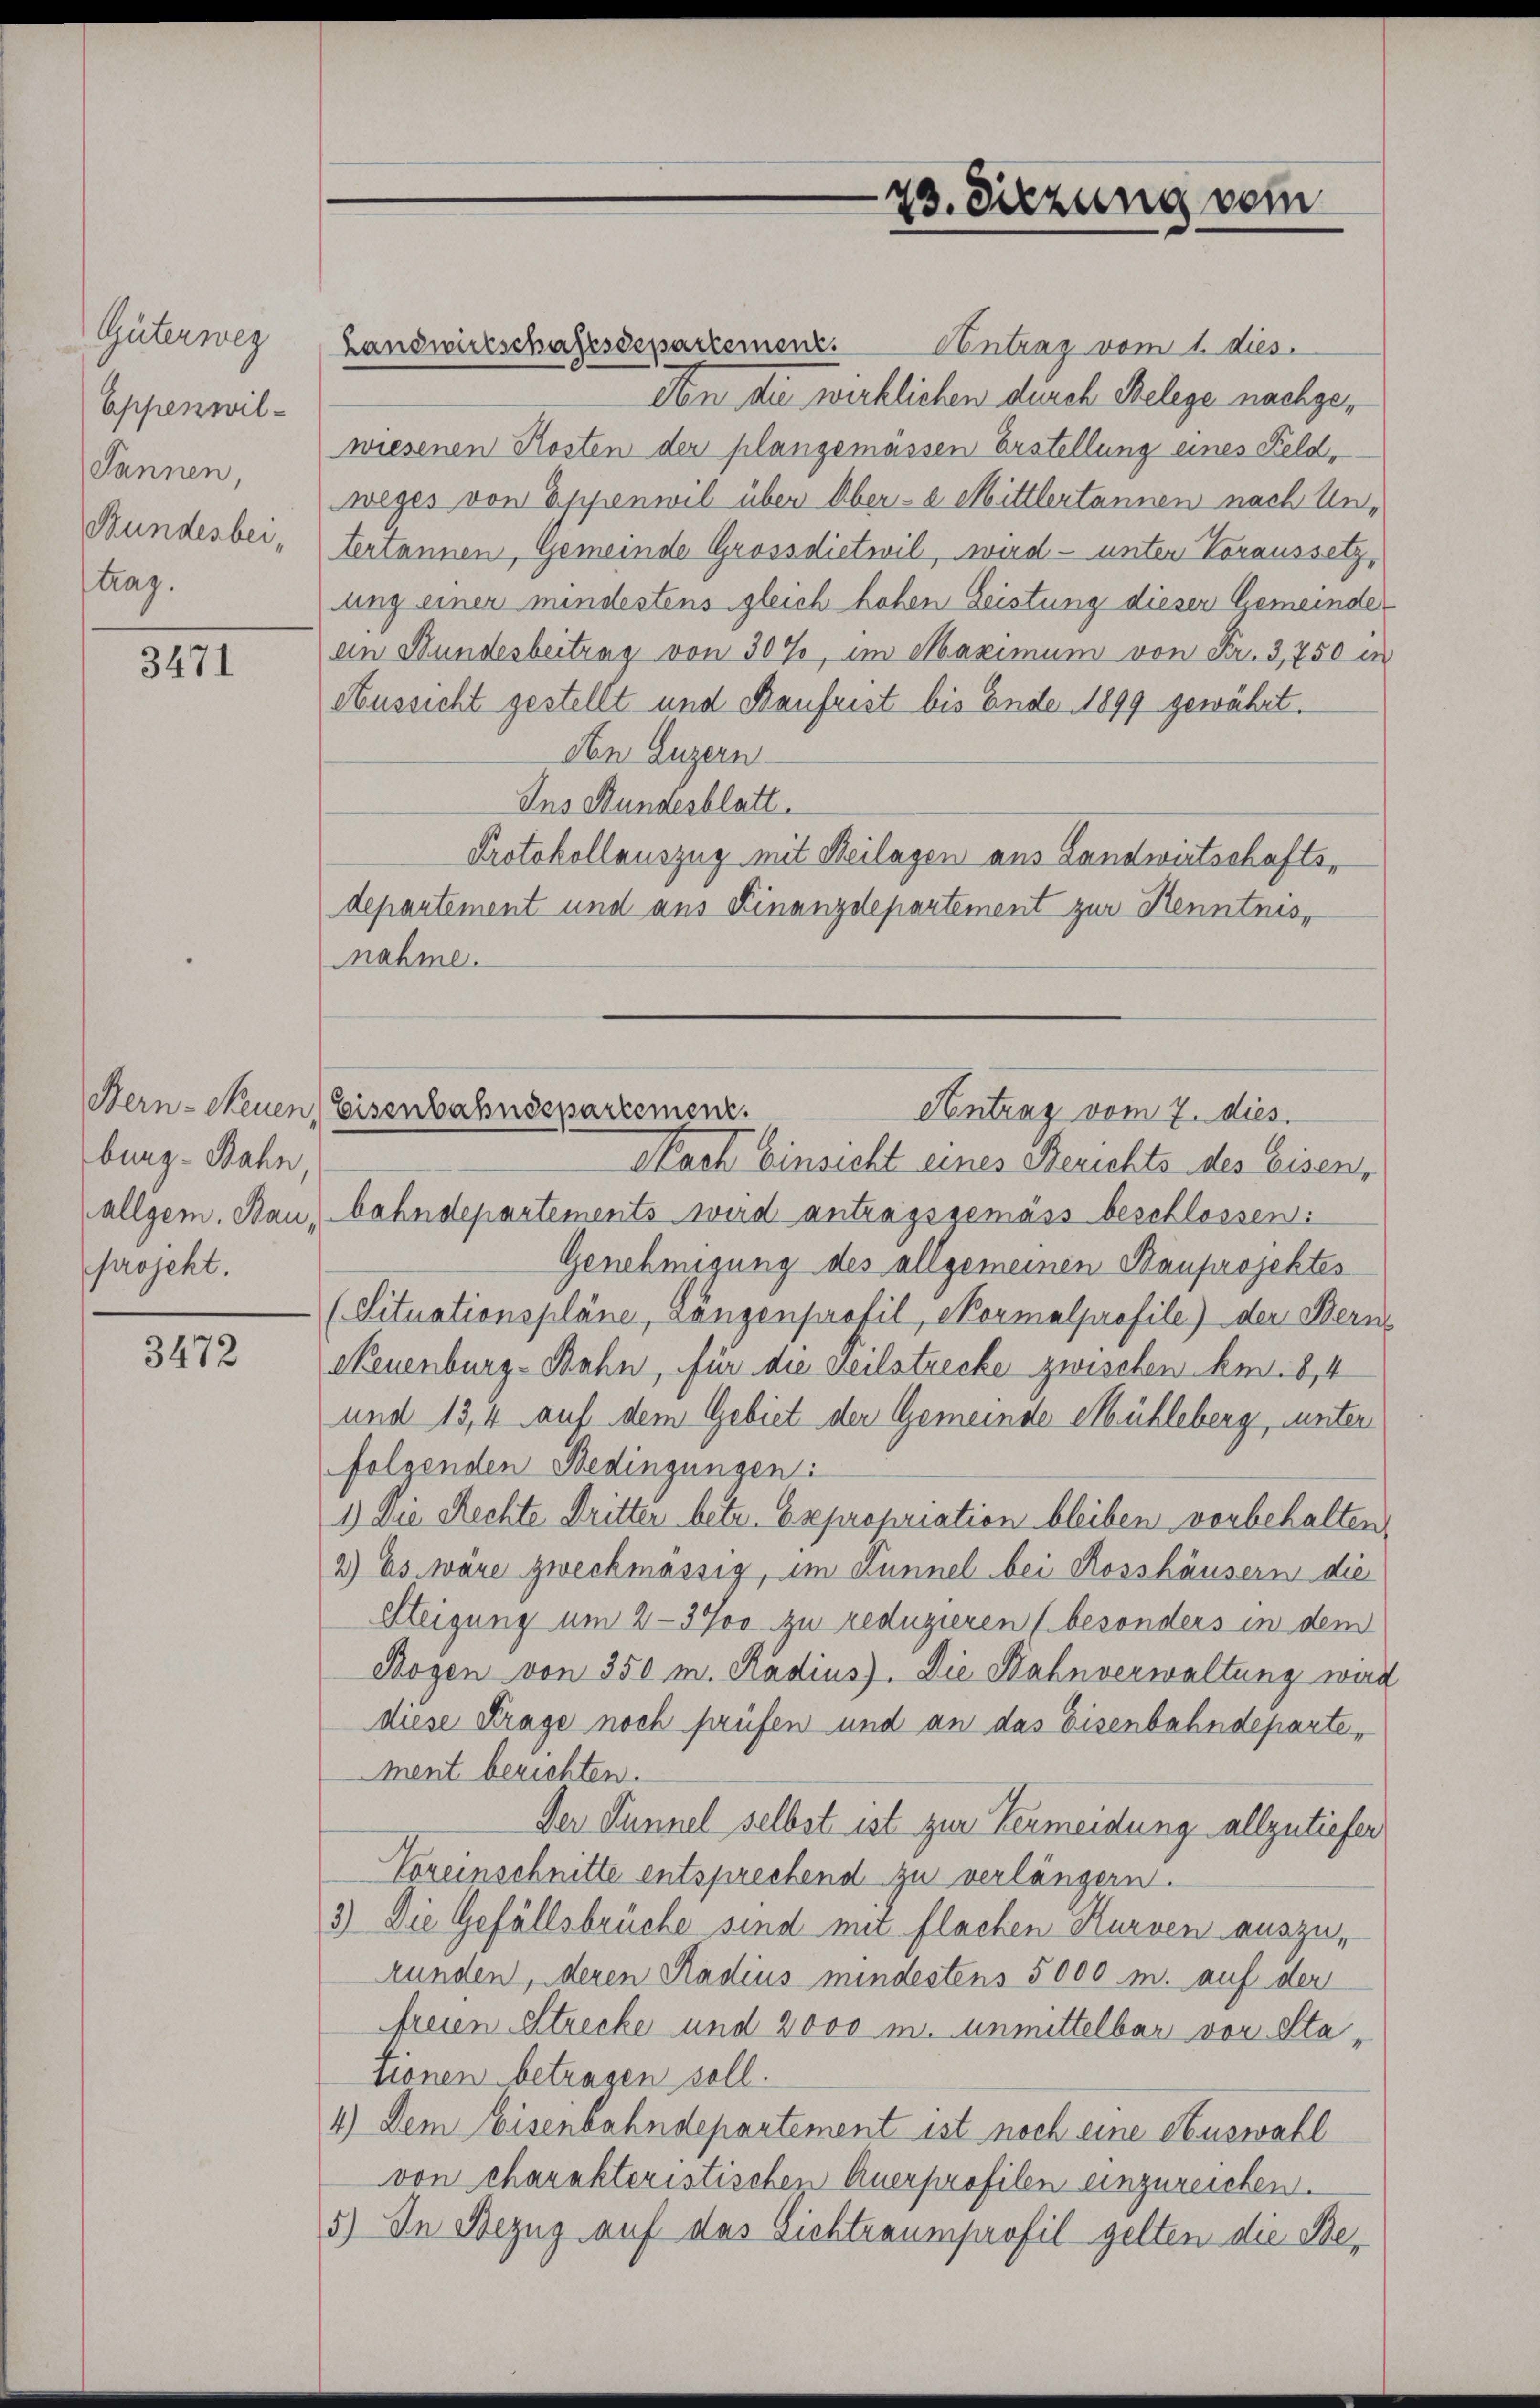
Güterweg
Eppenwil¬
Jannen,
Bundesbei,
trag.

3471

burg - Bahn,
projekt.

3472

Landwirtschaftssepartemenz. Antrag vom 1. dies
An die wirklichen durch Relege nachgewiesenen Kosten der plangemässen Erstellung eines Feld,
weges von Eppenwil über Ober-a Mittlertannen nach Untertannen, Gemeinde Grossdietwil, wird — unter Voraussetz,
ung einer mindestens gleich hohen Leistung dieser Gemeindean Bundesbeitrag von 30%, im Maximum von Fr. 3,750 in
Aussicht gestellt und Kaufrist bis Ende 1899 gewährt.
An Luzern
Ins Stundesblatt.
Protokollauszug mit Beilagen aus Landwirtschaftsdepartement und aus Finanzdepartement zur Kenntnis,
nahme.

Nach Einsicht eines Berichts des Eisen,
allgem. Bau, bahndepartements wird antragsgemäss beschlossen:
Genehmigung des allgemeinen Bauprojektes
(Situationspläne, Längenprofil, Normalprofile) der Bern
Neuenburg-Bahn, für die weilstrecke zwischen kn.8,4
und 13,4 auf dem Gebiet der Gemeinde Mühleberg, unter
folgenden Bedingungen:
1.) Die Rechte Dritter betr. Expropriation bleiben vorbehalten,
2) Es wäre zweckmässig, im Kunnel bei Rosshäusern die
Steigung um 2—3700 zu reduzieren (besonders in dem
Sogen von 350 m. Radius). Die Bahnverwaltung wird
diese Frage noch prüfen und an das Eisenbahndepartement berichten.
Der Tunnel selbst ist zur Vermeidung allzutiefer
Voreinschnitte entsprechend zu verlängern.
3.) Die Gefällsbrüche sind mit flachen Kurven auszurunden, deren Radius mindestens 5000 m. auf der
freien Strecke und 2000 m. unmittelbar vor Stationen betragen soll.
4.) Dem Eisenbahndepartement ist noch eine Auswahl
von charakteristischen Auerprofilen einzureichen.
5.) In Bezug auf das Sichtraumprofil gelten die Be¬

73. Sitzung vom

Hern- Neuen Eisenbahnsepartement.
Antanz vom 7. dies